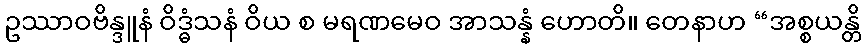
ဥဿာဝဗိန္ဒူနံ ဝိဒ္ဓံသနံ ဝိယ စ မရဏမေဝ အာသန္နံ ဟောတိ။ တေနာဟ “အစ္စယန္တိ